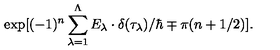
\exp [ ( - 1 ) ^ { n } \sum _ { \lambda = 1 } ^ { \Lambda } E _ { \lambda } \cdot \delta ( \tau _ { \lambda } ) / \hbar \mp \pi ( n + 1 / 2 ) ] .